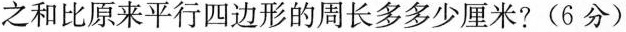
之和比原来平行四边形的周长多多少厘米?(6分)